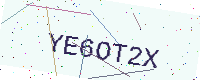
Text: YE6OT2X